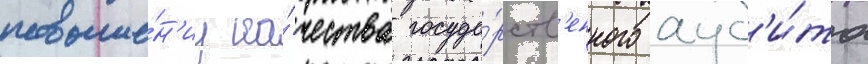
повыше́н'иу ка́чества госуда́рств'енного ауд'и́та